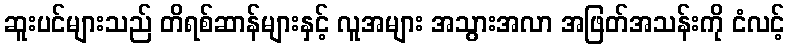
ဆူးပင်များသည် တိရစ်ဆာန်များနှင့် လူအများ အသွားအလာ အဖြတ်အသန်းကို ငံလင့်